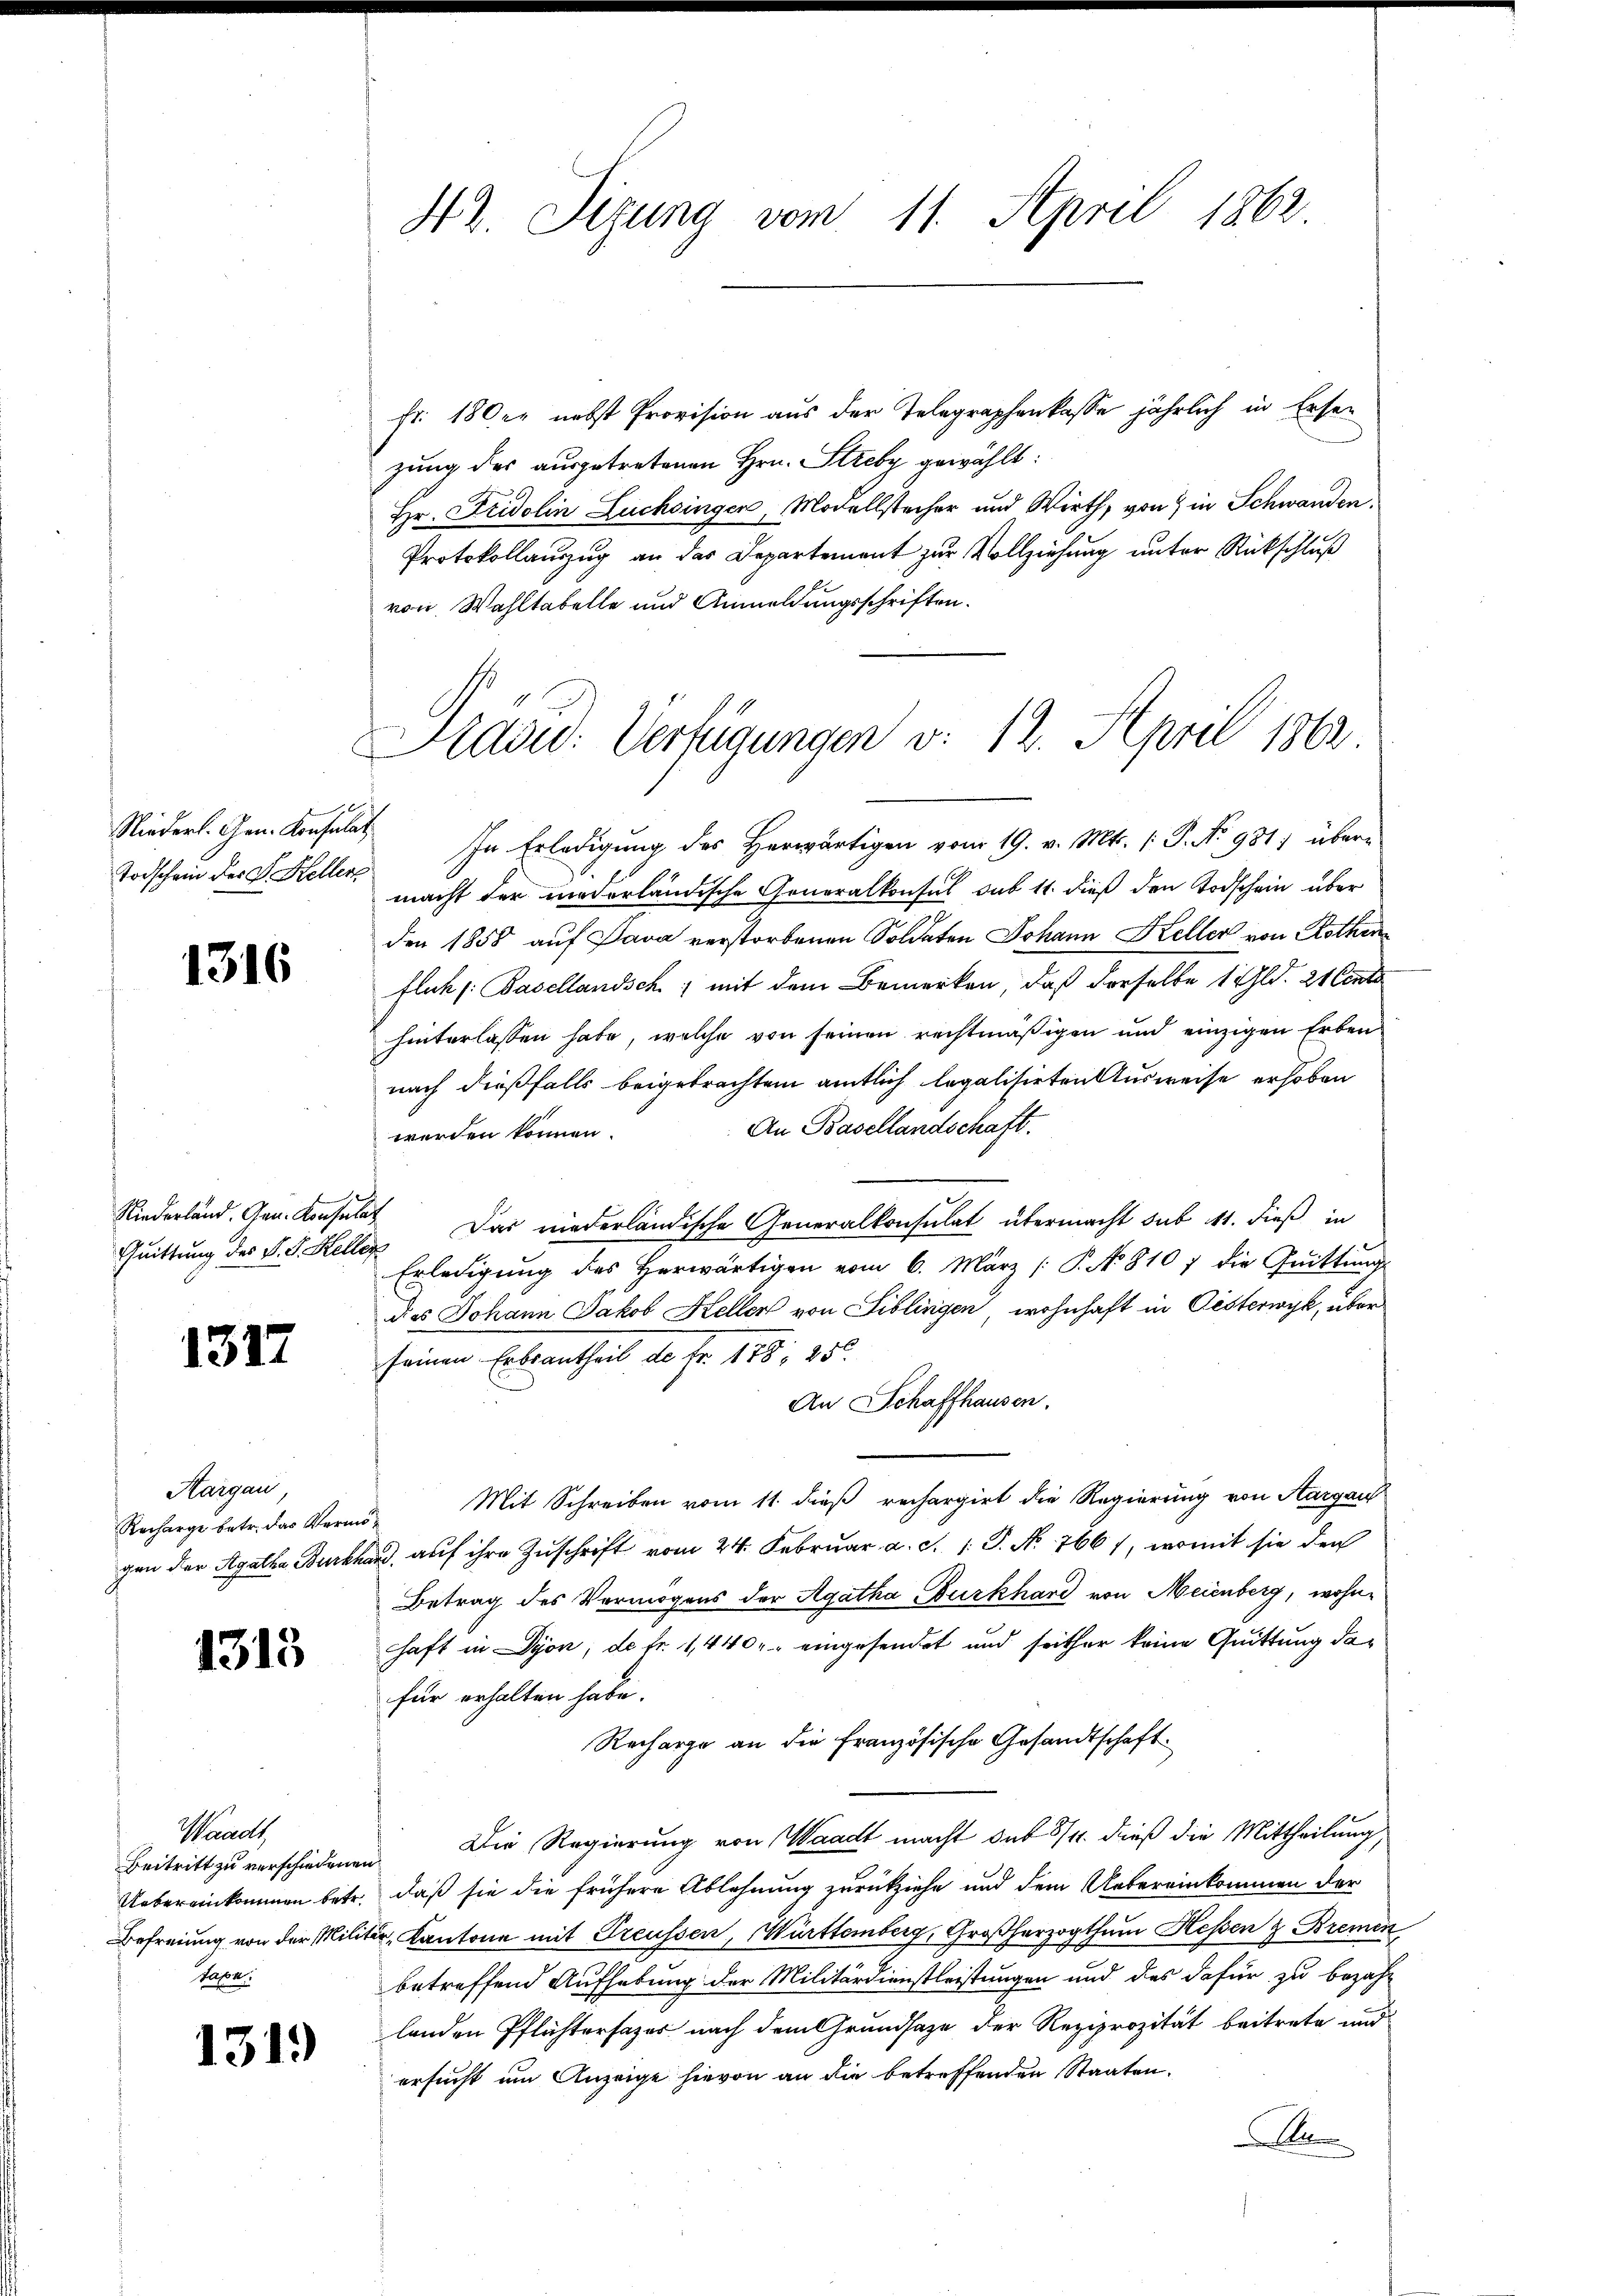
Niederl. Gen. Konsulat
Todschein der F. Heller

1316

Niederland. Gen. Konsulat

1312

Aargau,

1313

Waadt,
Tason.

1319)

fr. 180 er nebst Provision aus der Telegraphenkasse jährlich in Ersenzung des ausgetretenen Hrn. Streby gewählt:
Hr. Fridolin Zuchoingen, Modellstecher und Wirth, von in Schwanden.
Protokollauszug an das Departement zur Vollziehung unter Rückschluß
von Wahltabelle und Anmeldungsschriften.
In Erledigung des Herwärtigen vom 19. v. Mts. (: P. No 981; übermacht der niederländische Generalkonsul sub 11. dieß den Todschein über
den 1858 auf Pava verstorbenen Soldaten Johann Keller von Kothin
fleck (Basellandsch & mit dem Bemerken, daß derselbe 1 Gld. 21 Contr
hinterlassen habe, welche von seinen rechtmäßigen und einzigen Erben
nach dießfalls beigebrachtem amtlich legalisirten Ausweise erhoben
An Basellandschaft.
werden können.
Quittung des V. P. Keller. Das niederländische Generalkonsulat übermacht sub 1. dieß in
Erledigung des herwärtigen vom 6. März [P. No 810 7 die Quittung
das Johann Jakob Heller von Biblingen wohnhaft in Oesterwyk, über
seinen Erbsantheil de fr. 178, 25te
An Schaffhausen.
Recharge betr. das Vorm. Mit Schreiben vom 11. dieß rechargirt die Regierung von Aargau
gen der Agatha Burkhard, auf ihre Zuschrift vom 24. Februar a. c. 1 S. Nr. 7661, womit sie den
Betrag des Vermögens der Agatha Burkhard von Meienberg, wohnchaft in Lyon, de fr. 1,440. eingesendet und seither keine Quittung dafür erhalten habe.
Recharge an die Französische Gesandtschaft
Beitritt zu verschiedenen Die Regierung von Waadt macht sub 5/4. dieß die Mittheilung,
Uebereinkommen betr. daß sie die frühere Ablehnung zurückziehe und dem Uebereinkommen der
Befreiung von der Militär-Kantone mit Treussen, Württemberg, Großherzogthum Hessen & Bremen
betreffend Aufhebung der Militärdienstleistungen und des dafür zu bezah-
landen Pflichtersazer nach dem Grundsaze der Reziprozität beitrete und
ersucht um Anzeige hievon an die betreffenden Staaten.
i

42. Sizung vom 11. April 1862.

Kašid: Verfügungen v. 12. April 1862